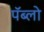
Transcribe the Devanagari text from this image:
पॅब्लो